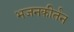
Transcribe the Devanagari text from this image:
भजनकीर्तन